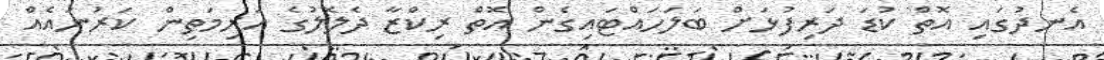
އެނދުގައި އޮތް ކުޑަ ދަރިފުޅަށް ބަލަހައްޓައިގެން އޮތް ރިކްޒާ ދެލޮލުގެ އަރިމަތިން ކަރުނައެއް